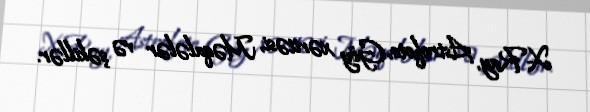
X-Ray, Astrofoto, Göy xəritəsi, Məqalələr və şəkillər.